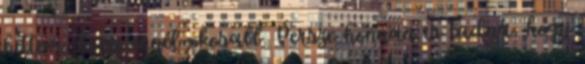
hittem, hogy ennél okosabb. Persze honnan is tudná, hogy